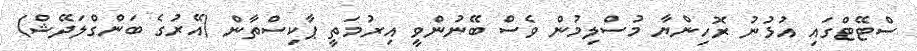
ސްޓޭޓްގައި އުޅުނު ރޮހިންޔާ މުސްލިމުން ވެސް ބޭނުންވީ އިރުމަތީ ޕާކިސްތާން (އޭރުގެ ބަންގްލަދޭޝް)